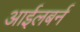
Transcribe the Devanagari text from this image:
आईलबर्न